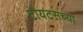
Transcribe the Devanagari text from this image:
टायटसच्या